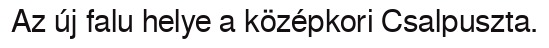
Az új falu helye a középkori Csalpuszta.